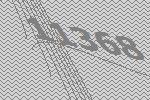
11368